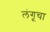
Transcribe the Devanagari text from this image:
लंगूचा